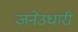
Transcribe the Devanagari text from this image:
जनेउधारी